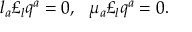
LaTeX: l _ { a } \pounds _ { l } q ^ { a } = 0 , \, \, \, \, \mu _ { a } \pounds _ { l } q ^ { a } = 0 .